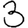
Digit: 3